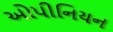
ઓપીનિયન